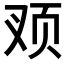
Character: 𲊹